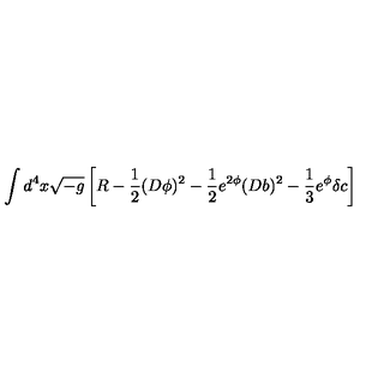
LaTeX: \int d ^ { 4 } x \sqrt { - g } \left[ R - \frac { 1 } { 2 } ( D \phi ) ^ { 2 } - \frac { 1 } { 2 } e ^ { 2 \phi } ( D b ) ^ { 2 } - \frac { 1 } { 3 } e ^ { \phi } \delta c \right]